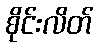
စိုင်းလိတ်